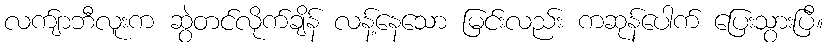
လက်ျာဘီလူးက ဆွဲတင်လိုက်ချိန် လန့်နေသော မြင်းလည်း ကဆုန်ပေါက် ပြေးသွားပြီ။